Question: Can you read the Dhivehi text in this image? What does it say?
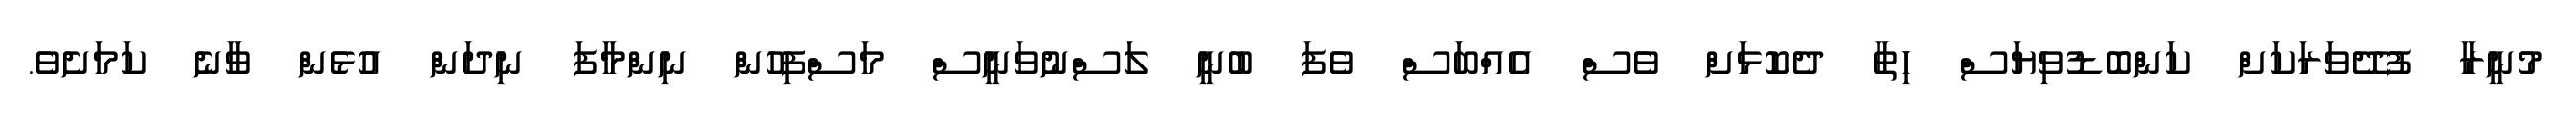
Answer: މުނީރާ ފުދޭވަރަކަށް ކަންބޮޑުވިޔަސް ހިތާ ދެކޮޅަށް ވެސް އެއްބަސް ވެފަ ބުނީ ލަސްނުވަނީސް މަސްފިހުން ނިންމާފަ ނިދަން އުޅެން ވާނެ ކަމަށެވެ.